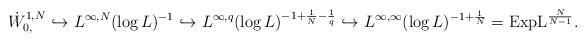
LaTeX: \begin{align*}\dot{W}_{0, }^{1,N} \hookrightarrow L^{\infty, N}(\log L)^{-1} \hookrightarrow L^{\infty, q}(\log L)^{-1+ \frac{1}{N} - \frac{1}{q}} \hookrightarrow L^{\infty, \infty}(\log L)^{-1+\frac{1}{N}} = {\rm Exp L}^{\frac{N}{N-1}}.\end{align*}